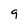
Character: 9